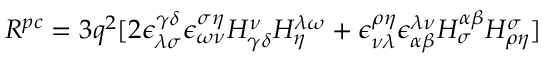
R ^ { p c } = 3 q ^ { 2 } [ 2 \epsilon _ { \lambda \sigma } ^ { \gamma \delta } \epsilon _ { \omega \nu } ^ { \sigma \eta } H _ { \gamma \delta } ^ { \nu } H _ { \eta } ^ { \lambda \omega } + \epsilon _ { \nu \lambda } ^ { \rho \eta } \epsilon _ { \alpha \beta } ^ { \lambda \nu } H _ { \sigma } ^ { \alpha \beta } H _ { \rho \eta } ^ { \sigma } ]